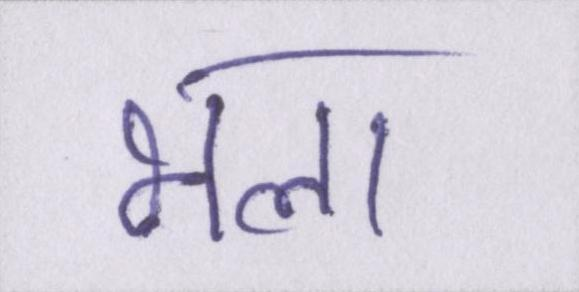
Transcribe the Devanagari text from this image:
भला